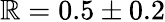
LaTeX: \mathbb{R}=0.5\pm0.2